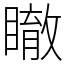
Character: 瞮